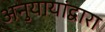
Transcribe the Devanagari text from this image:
अनुयायांद्वारा